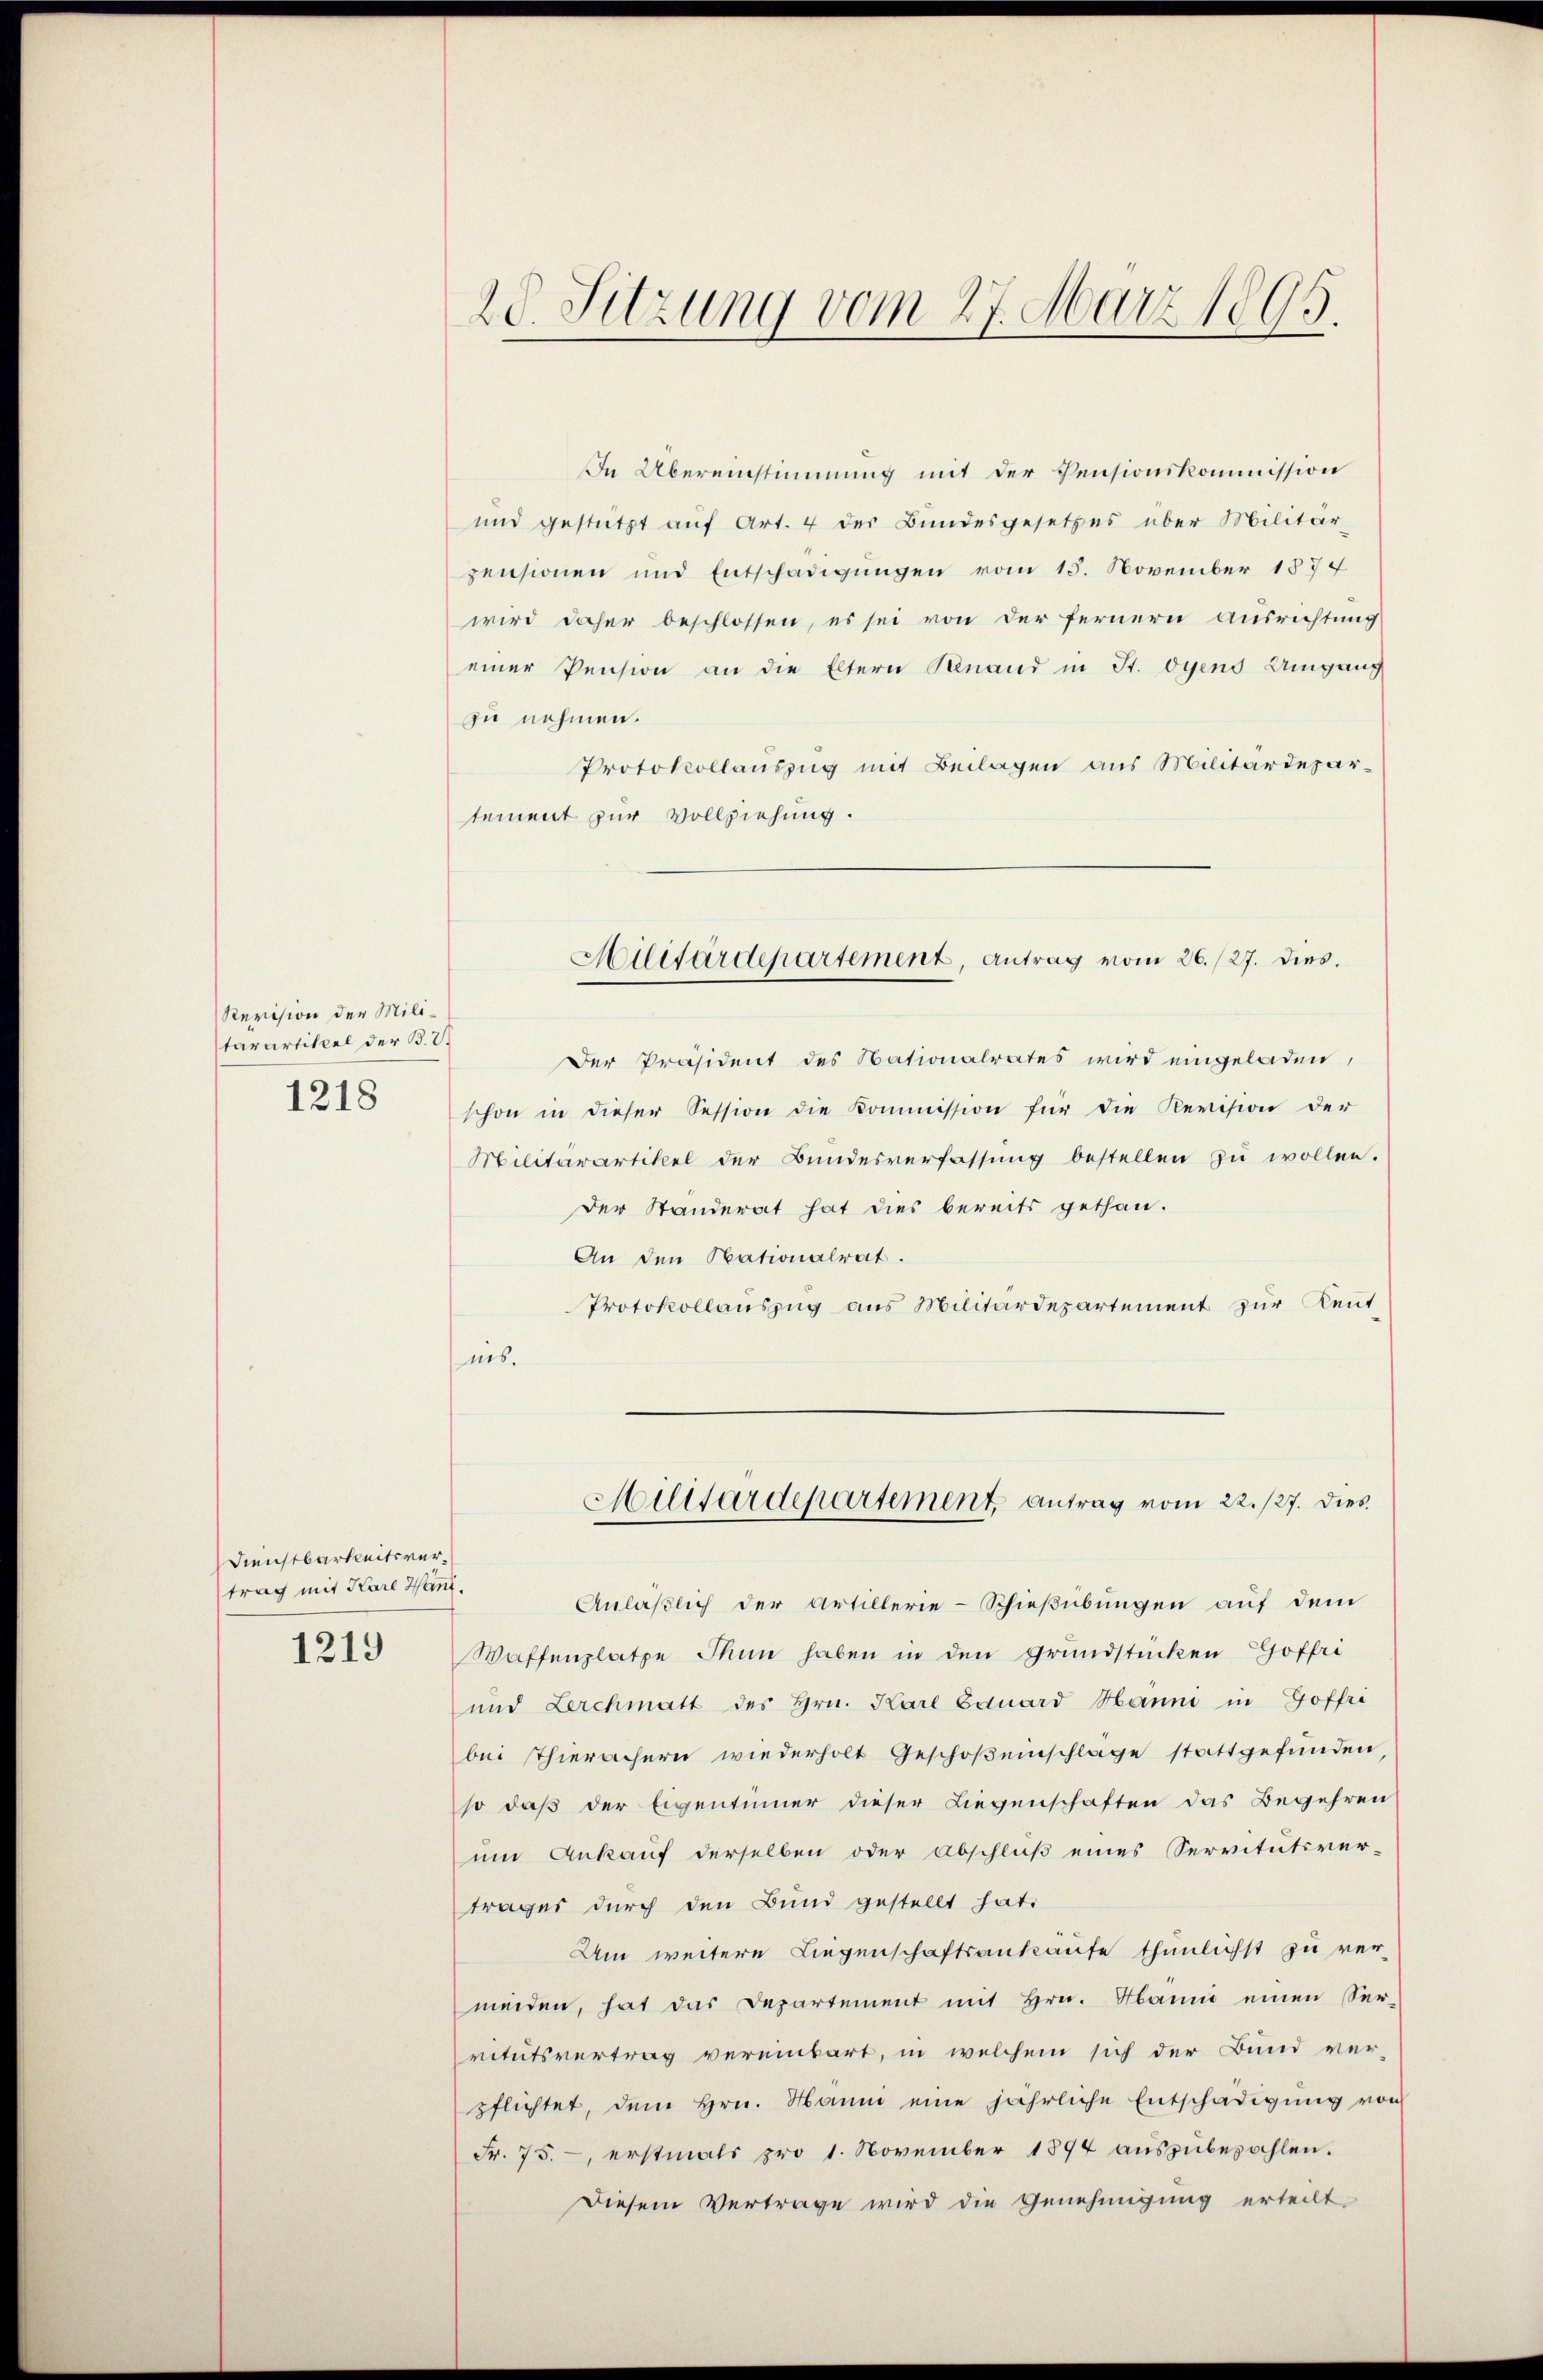
Revision der Militarartikel der B. 2.
1218

Dienstbarkeitsvertrag mit Kare Hani.
1219

20. Sitzung vom 27. März 1895.

In Übereinstimmung mit der Pensionskommission
und gestützt aŭf Art. 4 der Bundesgesetzes über Militär-
zensionen und Entschädigungen vom 15. November 1874
wird daher beschlossen, es sei von der fernern Ausrichtung
einer Pension an die Eltern Benand in St. dyens Umgang
zu nehmen.
Protokollauszug mit Beilagen aus Militärdepartement zur Vollziehung.
Der Präsident des Nationalrates wird eingeladen,
schon in dieser Session die Kommission für die Revision der
Militärartikel der Bundesverfassung bestellen zu wollen.
Der Standerat hat dies bereits gethan.
An den Nationalrat.
Protokollauszug aus Militärdepartement zur Kennt-
nis.
Militärdepartement antrag vom 22./27. Dies
Anläßlich der Artillerie-Schießübungen auf dem
Waffenplatze Thun haben in den Grundstücken Hoffei
und Lerchmatt des Hrn. Karl Eduard Hanni in Goffri
bei Thierächern wiederholt Geschoßenschlage stattgefunden,
so daß der Eigentümer dieser Liegenschaften das Begehren
um Ankauf derselben oder Abschluß eines Servitutsver-
trages durch den Bund gestellt hat.
Um weitere Liegenschaftsankäufe thunlichst zu ver-
meiden, hat das Departement mit Hrn. Manne einen Ser-
vitutsvertrag vereinbart, in welchem sich der Bund ver-
pflichtet, dem Hrn. Hanni eine jährliche Entschädigŭng von
Fr. 75. erstmals pro 1. November 1894 auszubezahlen.
Diesem Vertrage wird die Genehmigung erteilt

Militärdepartement, Antrag vom 26./27. dies